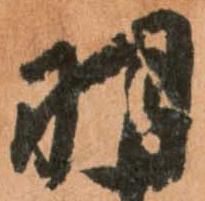
羽